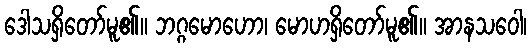
ဒေါသရှိတော်မူ၏။ ဘဂ္ဂမောဟော၊ မောဟရှိတော်မူ၏။ အာနသဝေါ၊